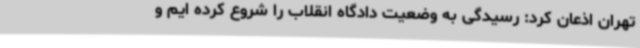
تهران اذعان کرد: رسیدگی به وضعیت دادگاه انقلاب را شروع کرده ایم و